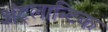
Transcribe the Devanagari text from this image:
अंट्लान्टिक